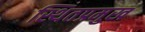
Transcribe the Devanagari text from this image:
स्थितप्रमुख